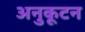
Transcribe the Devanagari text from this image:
अनुकूटन